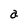
Character: a